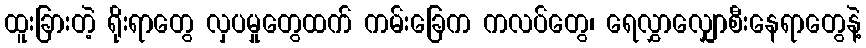
ထူးခြားတဲ့ ရိုးရာတွေ လှပမှုတွေထက် ကမ်းခြေက ကလပ်တွေ၊ ရေလွှာလျှောစီးနေရာတွေနဲ့